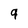
Character: 9